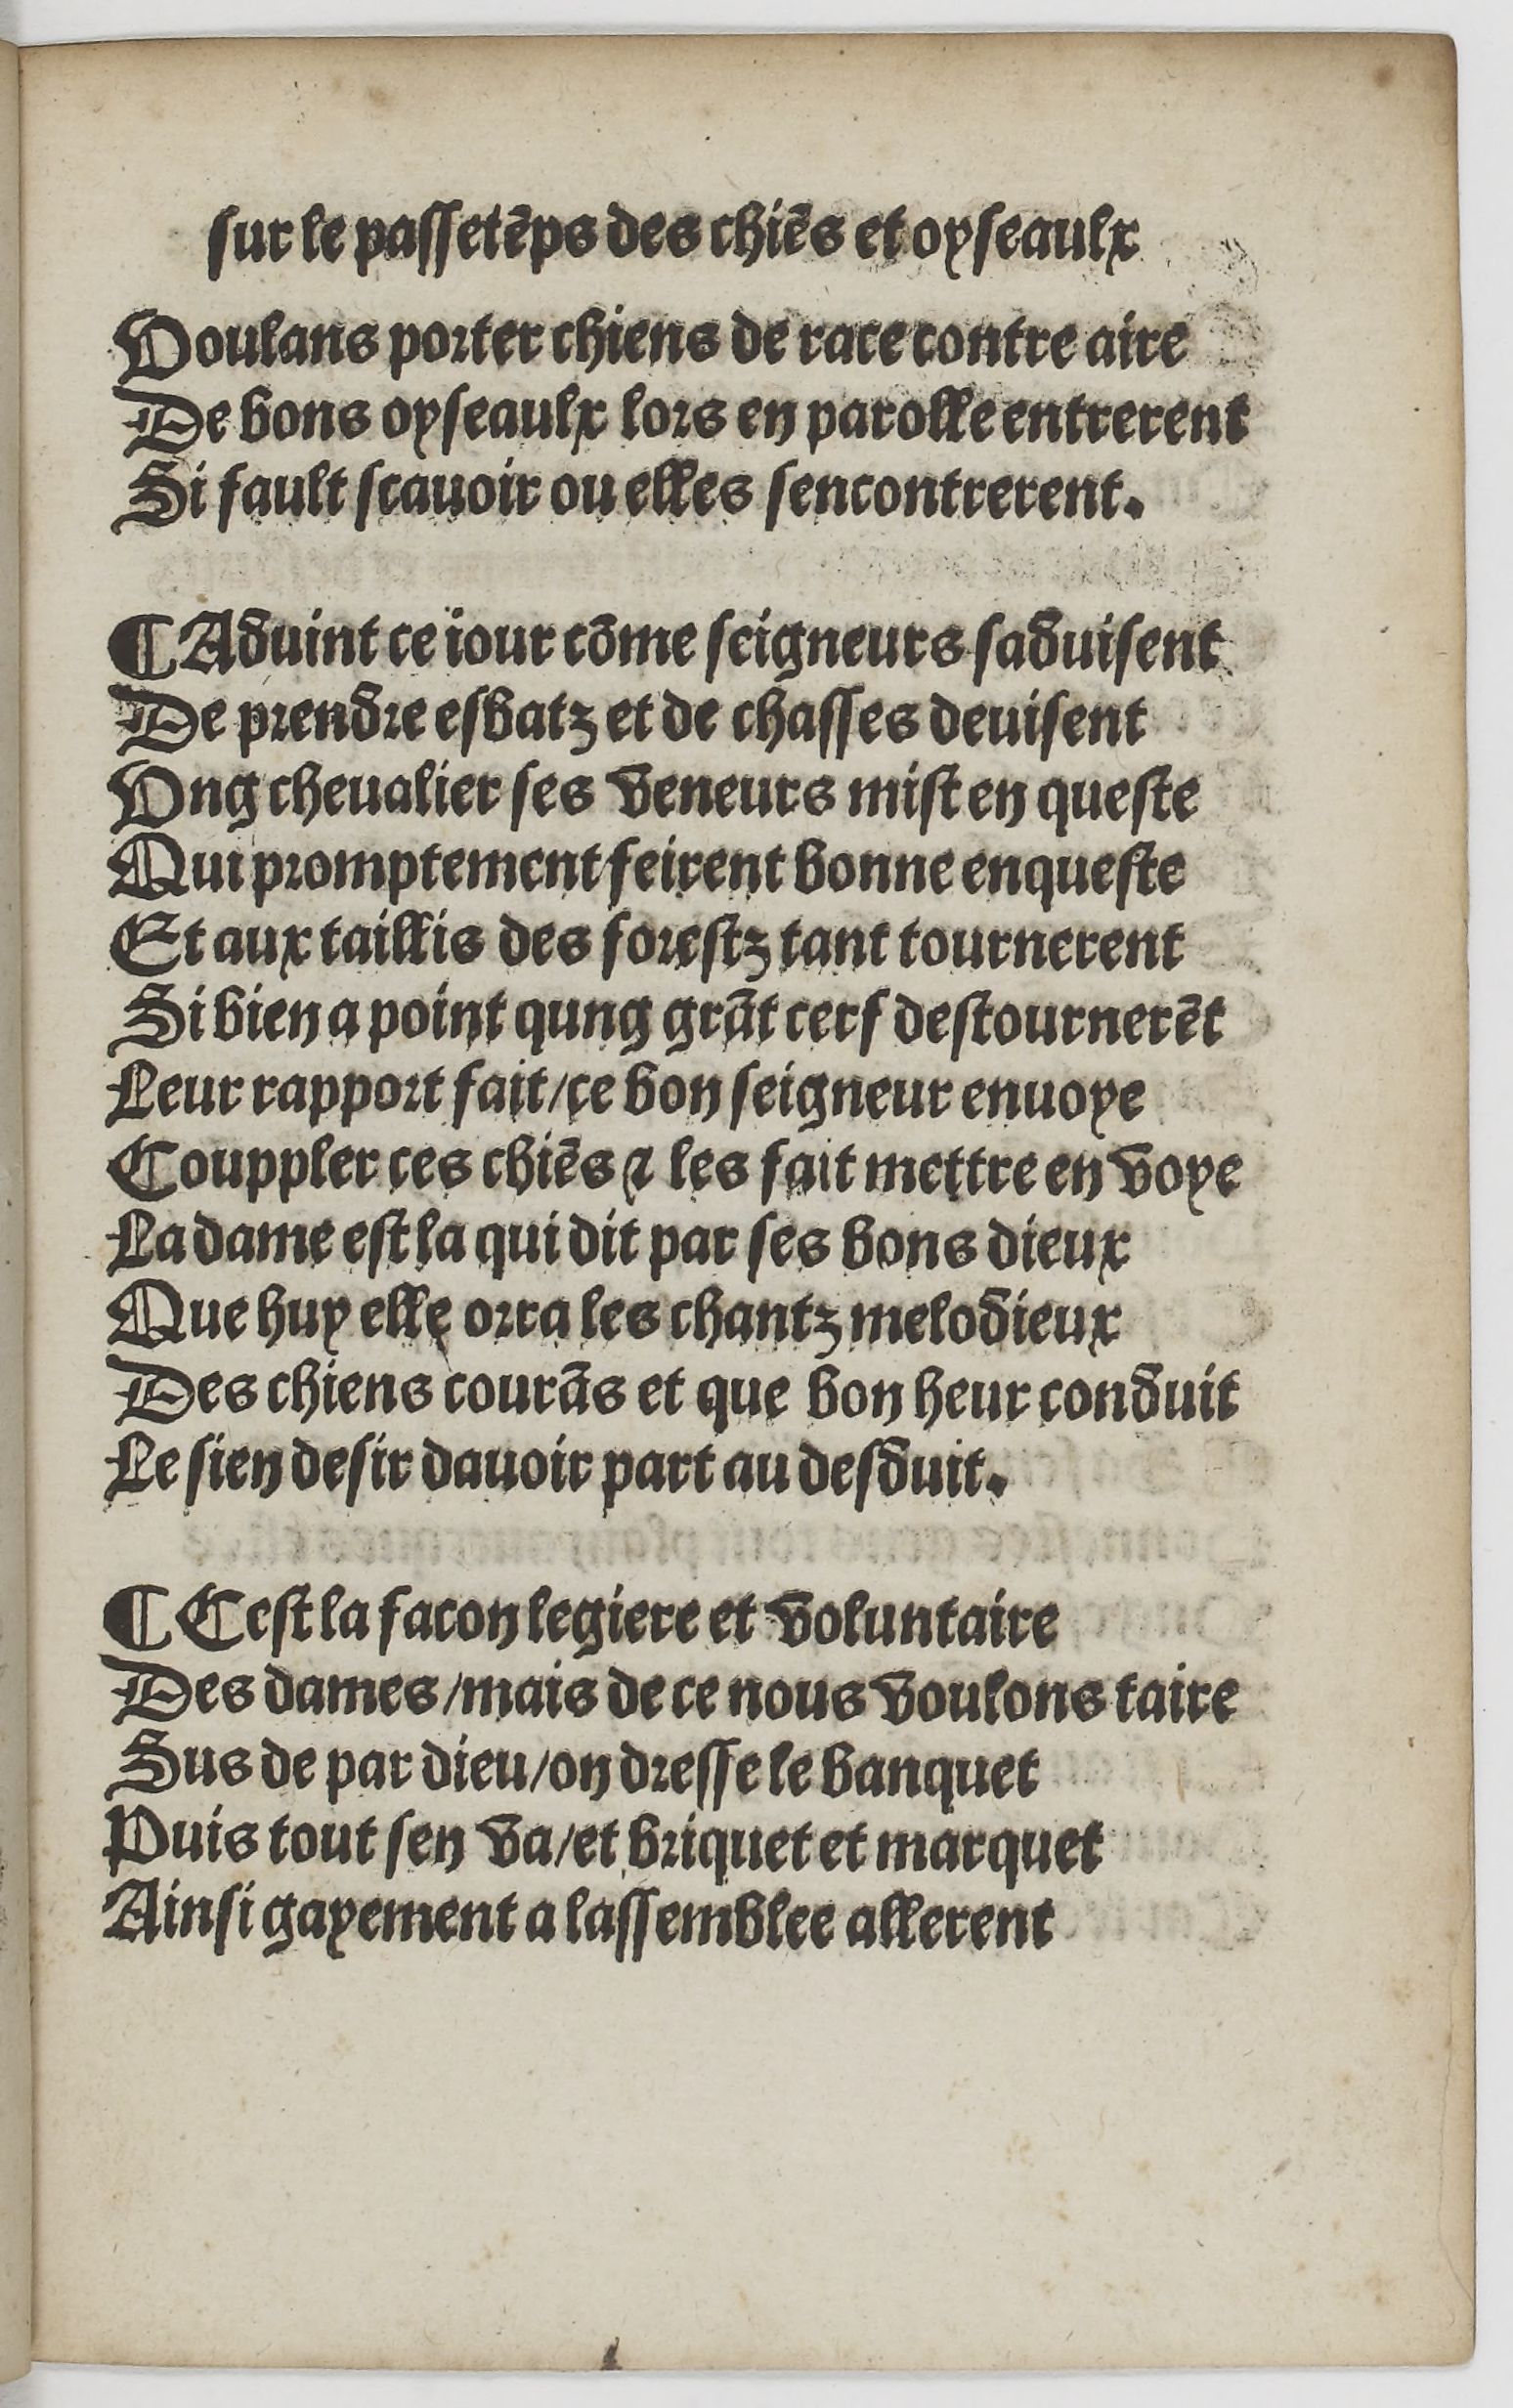
Shelfmark: Paris, BnF, Rés. YE-1395
Century: 16